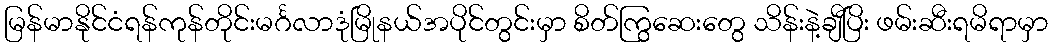
မြန်မာနိုင်ငံရန်ကုန်တိုင်းမင်္ဂလာဒုံမြိုနယ်အပိုင်တွင်းမှာ စိတ်ကြွဆေးတွေ သိန်းနဲ့ချီပြိး ဖမ်းဆီးရမိရာမှာ